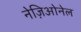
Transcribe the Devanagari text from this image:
नेज़िओनेल